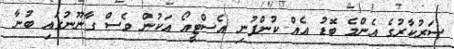
ސަރުކާރުގެ އެންމެ ބޮޑު އެއް ކުންފުނި އެސްޓީއޯ އަކުން ވެސް ގާނޫނުގައި ބުނާ